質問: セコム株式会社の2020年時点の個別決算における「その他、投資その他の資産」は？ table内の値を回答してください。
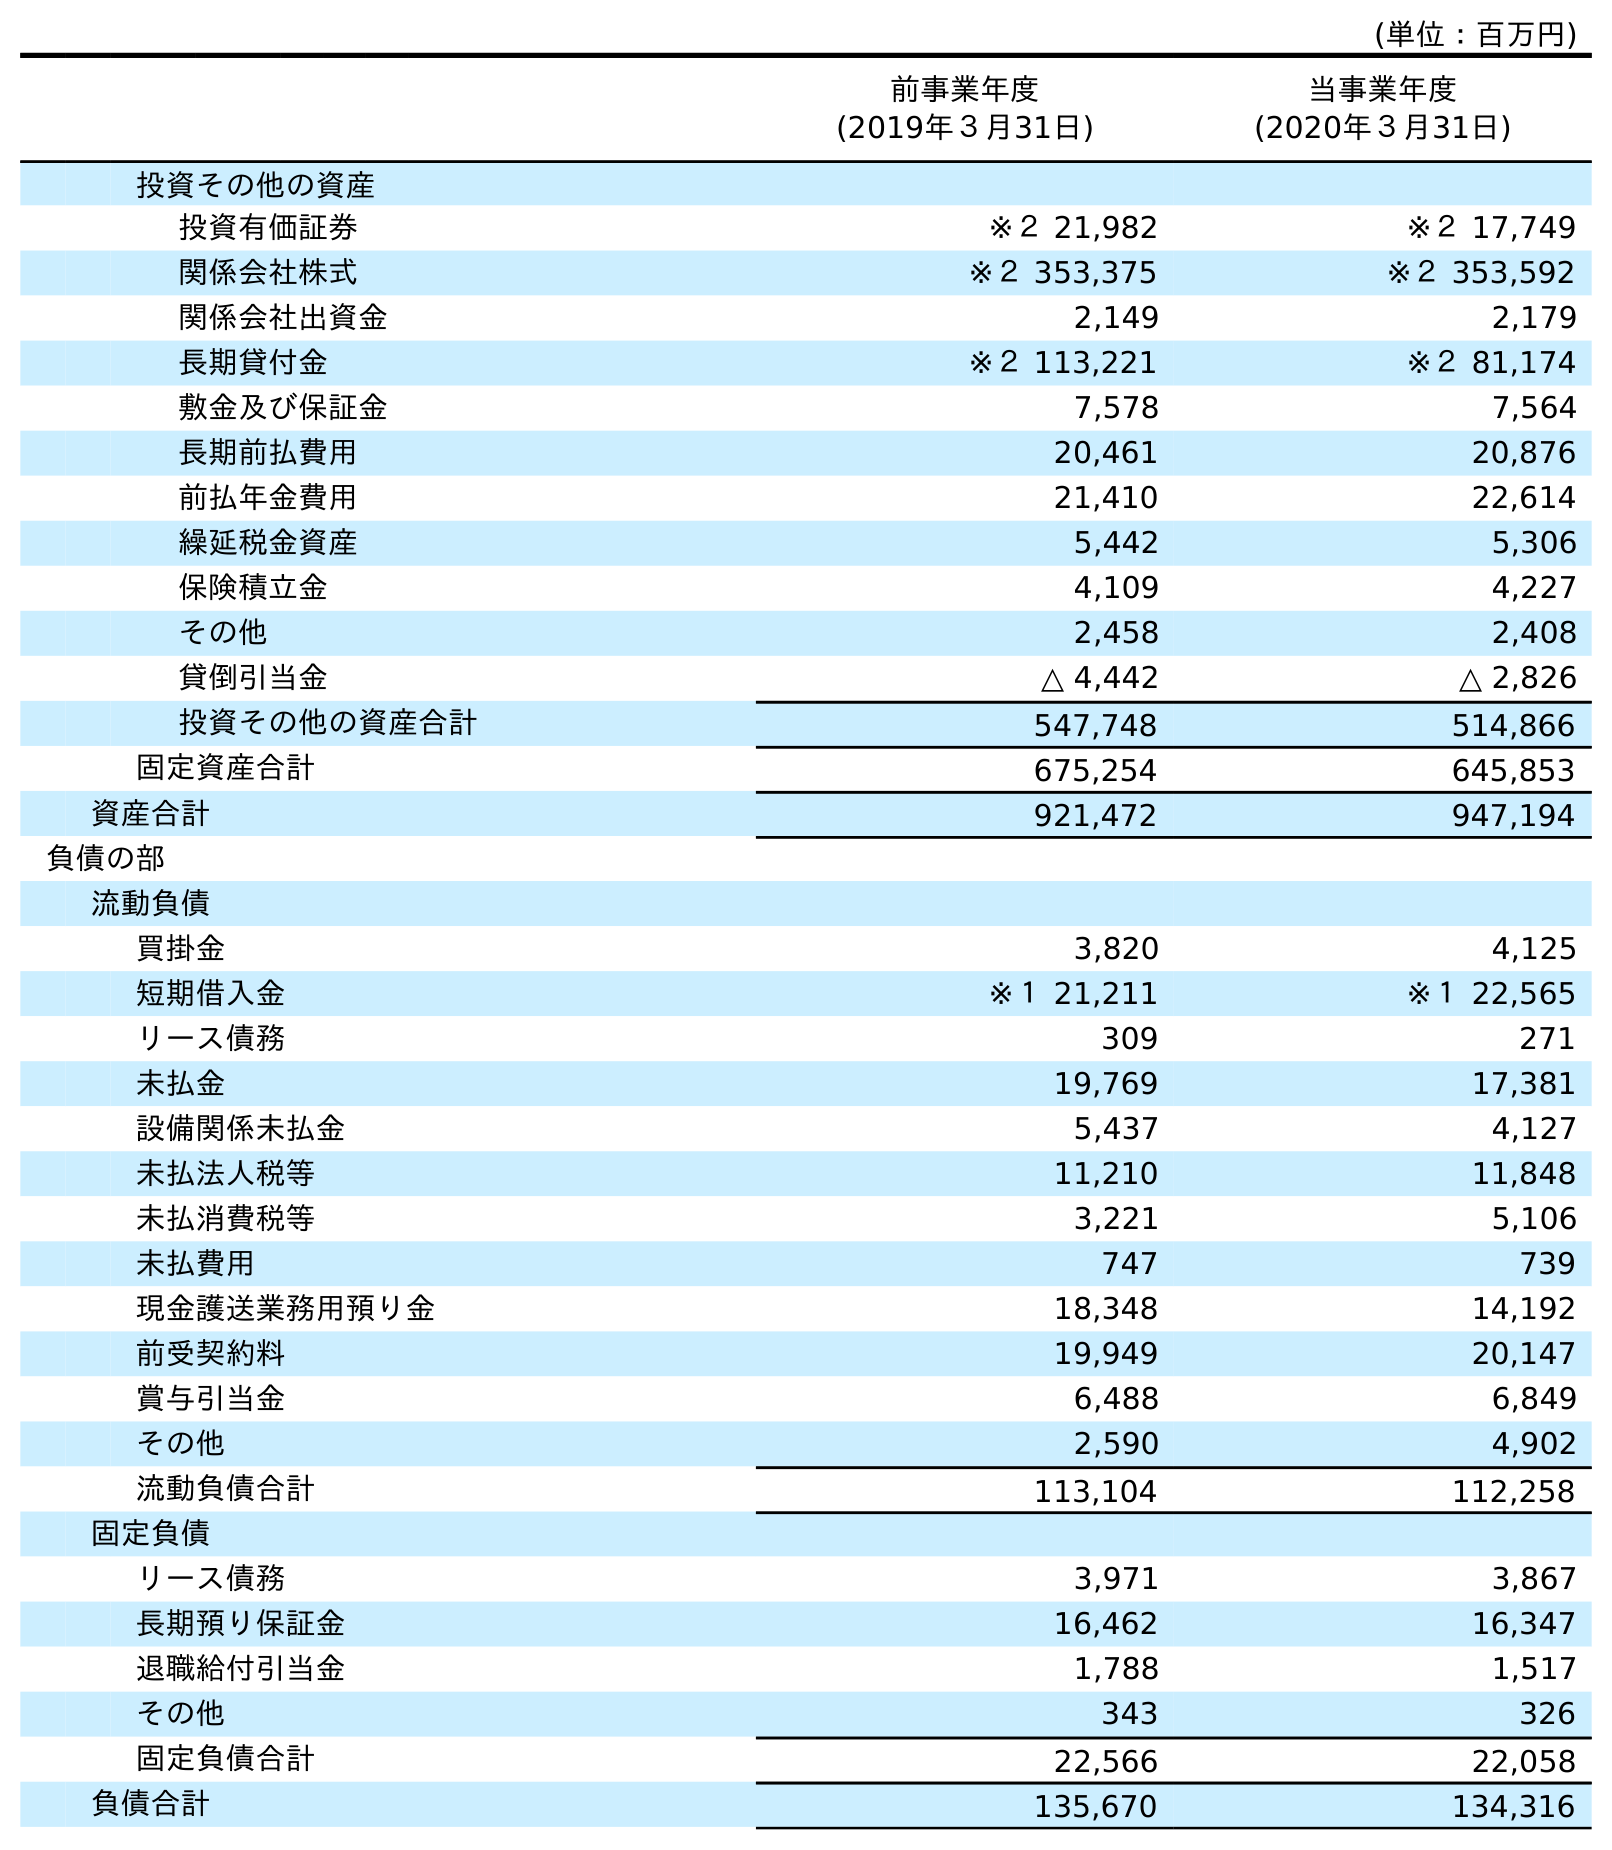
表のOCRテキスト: (単位：百万円) 前事業年度 (2019年３月31日) 当事業年度 (2020年３月31日) 投資その他の資産 投資有価証券 ※２ 21,982 ※２ 17,749 関係会社株式 ※２ 353,375 ※２ 353,592 関係会社出資金 2,149 2,179 長期貸付金 ※２ 113,221 ※２ 81,174 敷金及び保証金 7,578 7,564 長期前払費用 20,461 20,876 前払年金費用 21,410 22,614 繰延税金資産 5,442 5,306 保険積立金 4,109 4,227 その他 2,458 2,408 貸倒引当金 △ 4,442 △ 2,826 投資その他の資産合計 547,748 514,866 固定資産合計 675,254 645,853 資産合計 921,472 947,194 負債の部 流動負債 買掛金 3,820 4,125 短期借入金 ※１ 21,211 ※１ 22,565 リース債務 309 271 未払金 19,769 17,381 設備関係未払金 5,437 4,127 未払法人税等 11,210 11,848 未払消費税等 3,221 5,106 未払費用 747 739 現金護送業務用預り金 18,348 14,192 前受契約料 19,949 20,147 賞与引当金 6,488 6,849 その他 2,590 4,902 流動負債合計 113,104 112,258 固定負債 リース債務 3,971 3,867 長期預り保証金 16,462 16,347 退職給付引当金 1,788 1,517 その他 343 326 固定負債合計 22,566 22,058 負債合計 135,670 134,316
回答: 2,408